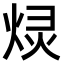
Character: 𫞠